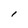
Character: I